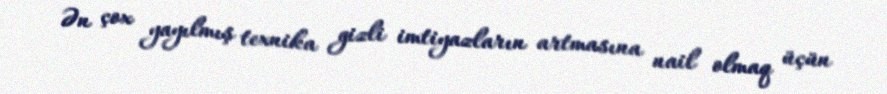
Ən çox yayılmış texnika gizli imtiyazların artmasına nail olmaq üçün